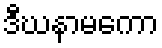
ဒီဃနာမကော